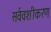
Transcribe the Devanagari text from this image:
सर्ववशीकरण